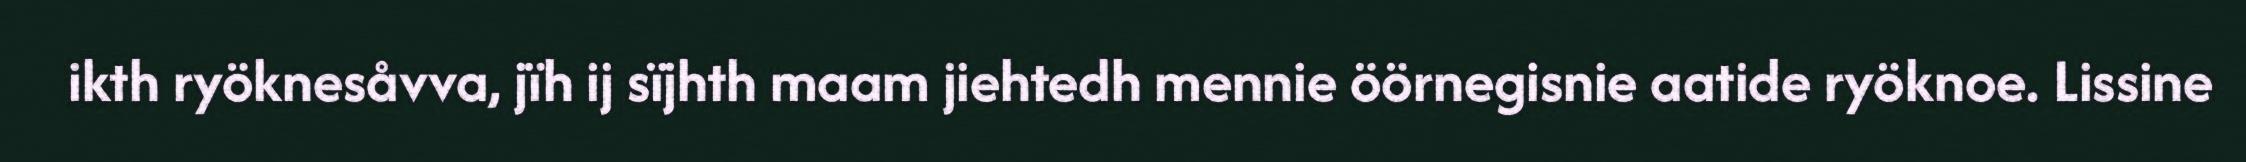
ikth ryöknesåvva, jïh ij sïjhth maam jiehtedh mennie öörnegisnie aatide ryöknoe. Lissine